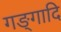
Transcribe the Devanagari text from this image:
गङ्गादि